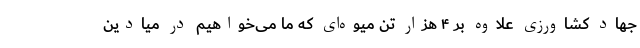
جهاد کشاورزی علاوه بر ۴ هزار تن میوه‌ای که ما می‌خواهیم در میادین